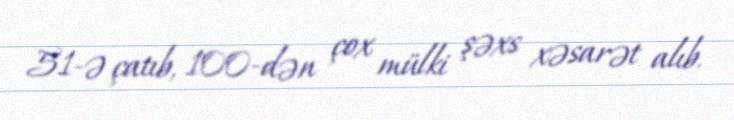
51-ə çatıb, 100-dən çox mülki şəxs xəsarət alıb.